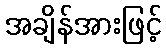
အချိန်အားဖြင့်